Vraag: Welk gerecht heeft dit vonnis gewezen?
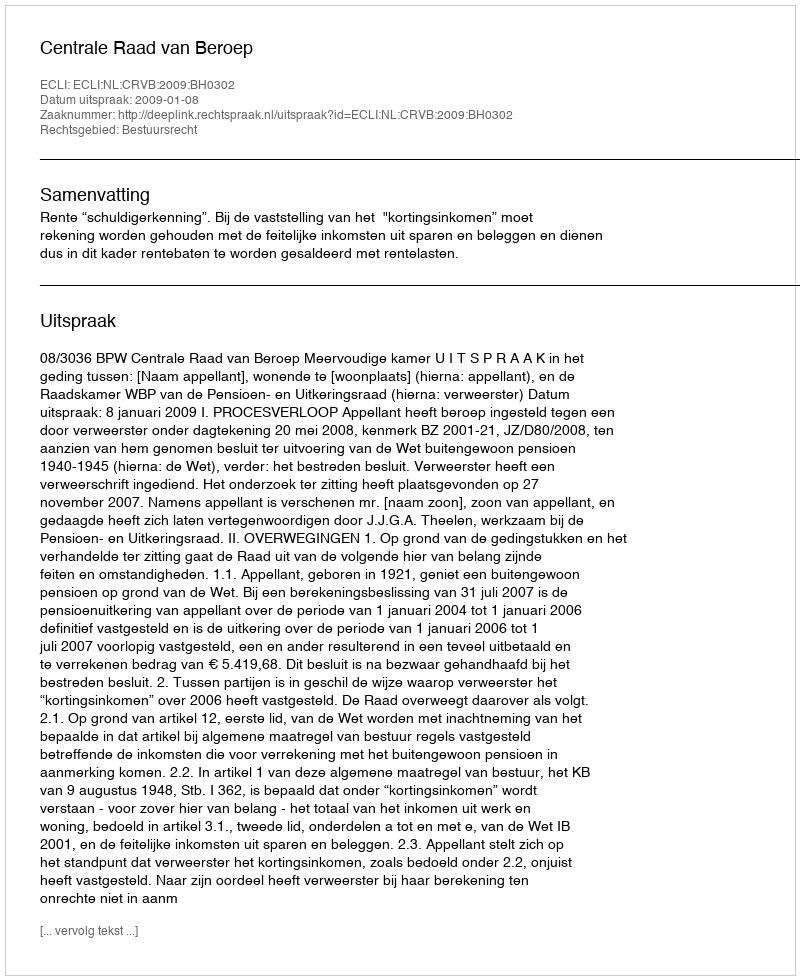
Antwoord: Centrale Raad van Beroep